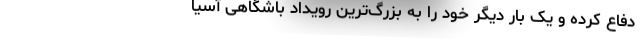
دفاع کرده و یک ‌بار دیگر خود را به بزرگ‌ترین رویداد باشگاهی آسیا